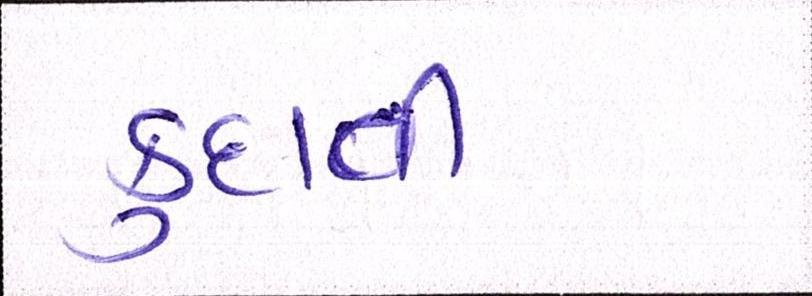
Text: કુદાવી